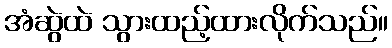
အံဆွဲထဲ သွားထည့်ထားလိုက်သည်။